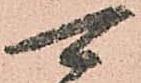
可